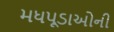
મધપૂડાઓની